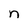
Character: n